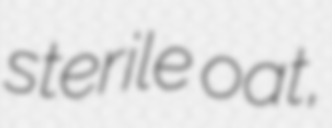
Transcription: sterile oat,